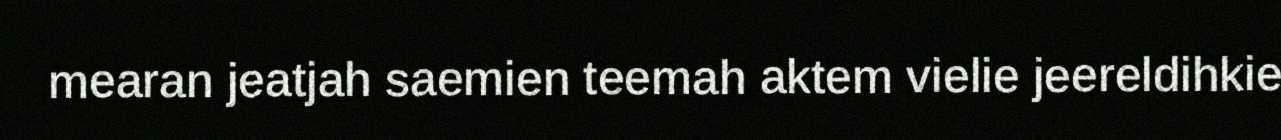
mearan jeatjah saemien teemah aktem vielie jeereldihkie